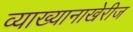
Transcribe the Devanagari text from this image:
व्याख्यानाखेरीज